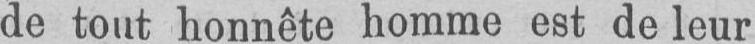
de tout honnête homme est de leur